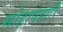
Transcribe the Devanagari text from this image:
मोहापहारि